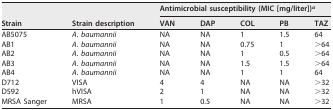
<table><thead><tr><td rowspan="2"><b>Strain</b></td><td rowspan="2"><b>Strain description</b></td><td colspan="5"><b>Antimicrobial susceptibility (MIC [mg/liter])<sup><i>a</i></sup></b></td></tr><tr><td><b>VAN</b></td><td><b>DAP</b></td><td><b>COL</b></td><td><b>PB</b></td><td><b>TAZ</b></td></tr></thead><tbody><tr><td>AB5075</td><td>A. baumannii</td><td>NA</td><td>NA</td><td>1</td><td>1.5</td><td>64</td></tr><tr><td>AB1</td><td>A. baumannii</td><td>NA</td><td>NA</td><td>0.75</td><td>1</td><td>&gt;64</td></tr><tr><td>AB2</td><td>A. baumannii</td><td>NA</td><td>NA</td><td>1</td><td>0.5</td><td>&gt;64</td></tr><tr><td>AB3</td><td>A. baumannii</td><td>NA</td><td>NA</td><td>1.5</td><td>1.5</td><td>&gt;64</td></tr><tr><td>AB4</td><td>A. baumannii</td><td>NA</td><td>NA</td><td>1</td><td>1</td><td>64</td></tr><tr><td>D712</td><td>VISA</td><td>4</td><td>4</td><td>NA</td><td>NA</td><td>&gt;32</td></tr><tr><td>D592</td><td>hVISA</td><td>2</td><td>1</td><td>NA</td><td>NA</td><td>&gt;32</td></tr><tr><td>MRSA Sanger</td><td>MRSA</td><td>1</td><td>0.5</td><td>NA</td><td>NA</td><td>&gt;32</td></tr></tbody></table>